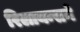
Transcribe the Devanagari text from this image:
रिलायन्सने